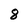
Character: 8